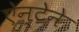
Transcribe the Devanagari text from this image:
ऐन्टेने